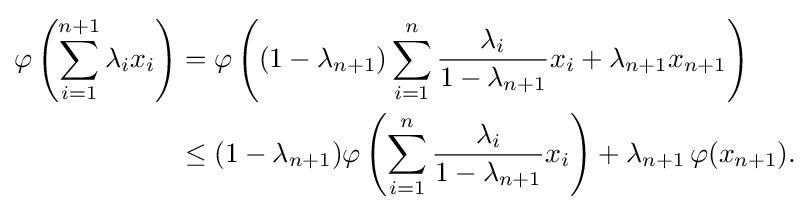
{\begin{aligned}\varphi \left(\sum _{i=1}^{n+1}\lambda _{i}x_{i}\right)&=\varphi \left((1-\lambda _{n+1})\sum _{i=1}^{n}{\frac {\lambda _{i}}{1-\lambda _{n+1}}}x_{i}+\lambda _{n+1}x_{n+1}\right)\\&\leq (1-\lambda _{n+1})\varphi \left(\sum _{i=1}^{n}{\frac {\lambda _{i}}{1-\lambda _{n+1}}}x_{i}\right)+\lambda _{n+1}\,\varphi (x_{n+1}).\end{aligned}}